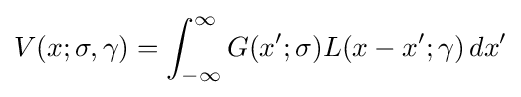
V(x;\sigma ,\gamma )=\int _{-\infty }^{\infty }G(x';\sigma )L(x-x';\gamma )\,dx'